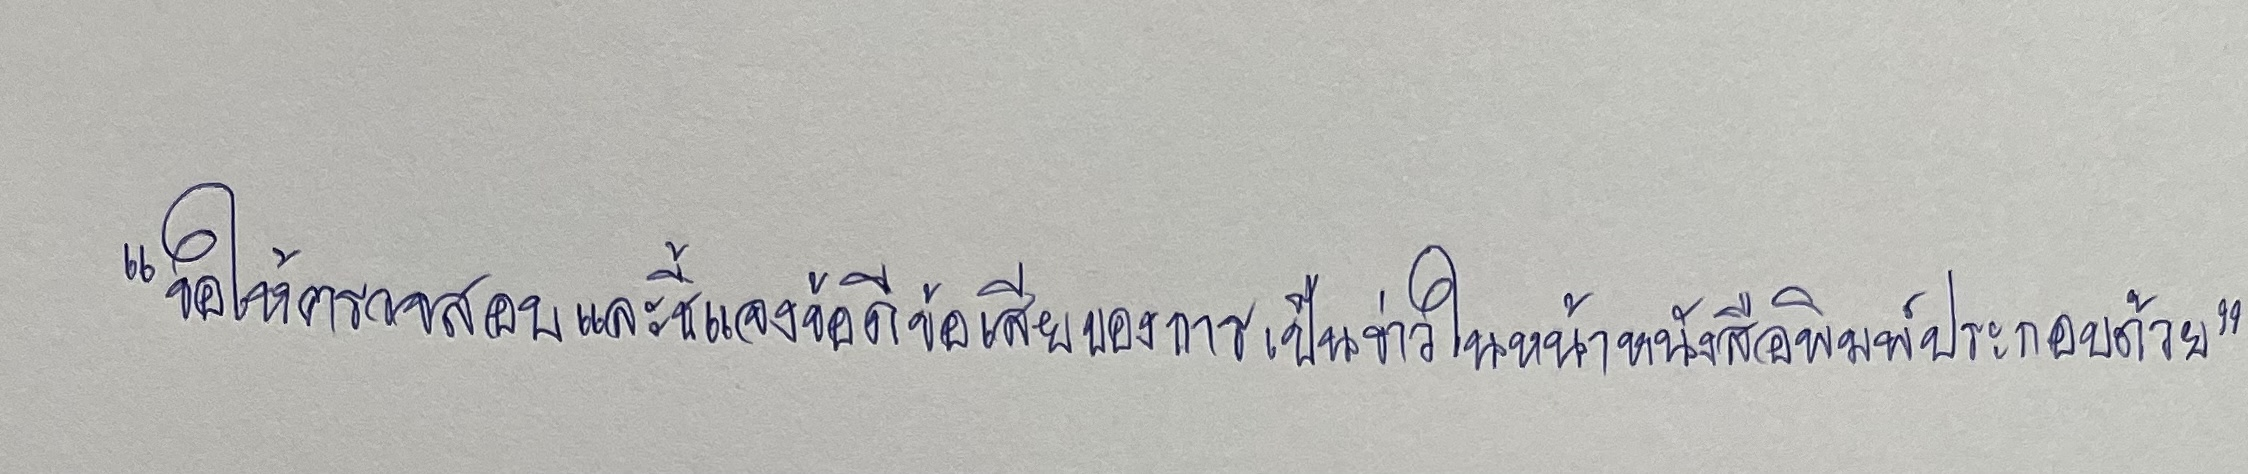
"ขอให้ตรวจสอบและชี้แจงข้อดีข้อเสียของการเป็นข่าวในหน้าหนังสือพิมพ์ประกอบด้วย"